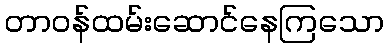
တာဝန်ထမ်းဆောင်နေကြသော